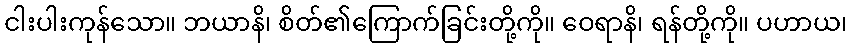
ငါးပါးကုန်သော။ ဘယာနိ၊ စိတ်၏ကြောက်ခြင်းတို့ကို။ ဝေရာနိ၊ ရန်တို့ကို။ ပဟာယ၊